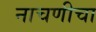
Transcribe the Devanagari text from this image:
नाचणीचा